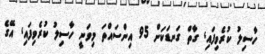
ހާސިލު ކުރެވިފައި